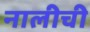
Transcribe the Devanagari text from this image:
नालीची